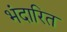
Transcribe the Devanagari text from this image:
भंदारित